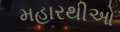
મહારથીઓ